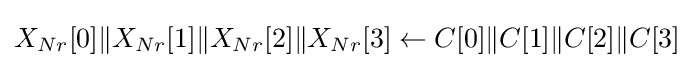
X_{Nr}[0]\|X_{Nr}[1]\|X_{Nr}[2]\|X_{Nr}[3]\leftarrow C[0]\|C[1]\|C[2]\|C[3]